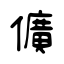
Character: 儣